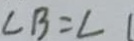
\angle B = \angle 1